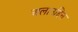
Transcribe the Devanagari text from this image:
अलाउद्दिन